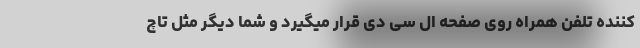
کننده تلفن همراه روی صفحه ال سی دی قرار میگیرد و شما دیگر مثل تاچ